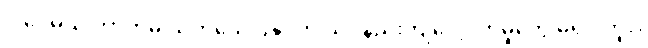
ဒါပေမယ့် ဘာကိုမှ သက်သေပြနိုင်တဲ့ သိပ္ပံနည်းကျလေ့လာမှုတွေ မရှိပါဘူး။